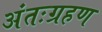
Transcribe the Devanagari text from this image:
अंतःग्रहण